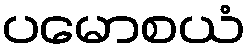
ပမောစယံ